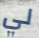
لي